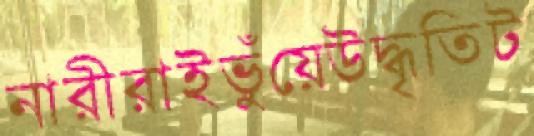
নারীরাইভুঁয়েউদ্ধৃতিট